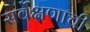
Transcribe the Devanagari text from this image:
सर्वेक्षणाची